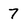
Character: 7